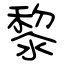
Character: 黎